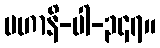
မဟာနိ-ပါ-၃၄၇။